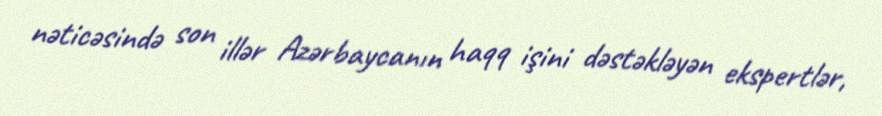
nəticəsində son illər Azərbaycanın haqq işini dəstəkləyən ekspertlər,